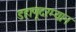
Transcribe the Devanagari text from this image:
डहाणूदरम्यान